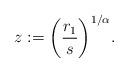
LaTeX: \begin{align*}z:=\bigg(\frac{r_1}s\bigg)^{1/\alpha}.\end{align*}